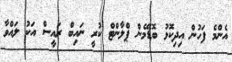
އެންމެ ފަހުން އިދިކޮޅު ބޮޑޭމެން ޕްލާންޓް ކުރީ ނައިބް ރައީސް އަކު ލައްވާ